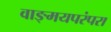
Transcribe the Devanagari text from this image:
वाङ्मयपरंपरा